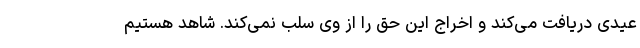
عیدی دریافت می‌کند و اخراج این حق را از وی سلب نمی‌کند. شاهد هستیم